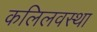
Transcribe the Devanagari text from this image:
कलिलवस्था